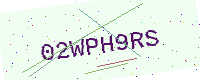
Text: 02WPH9RS